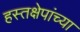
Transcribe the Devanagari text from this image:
हस्तक्षेपांच्या